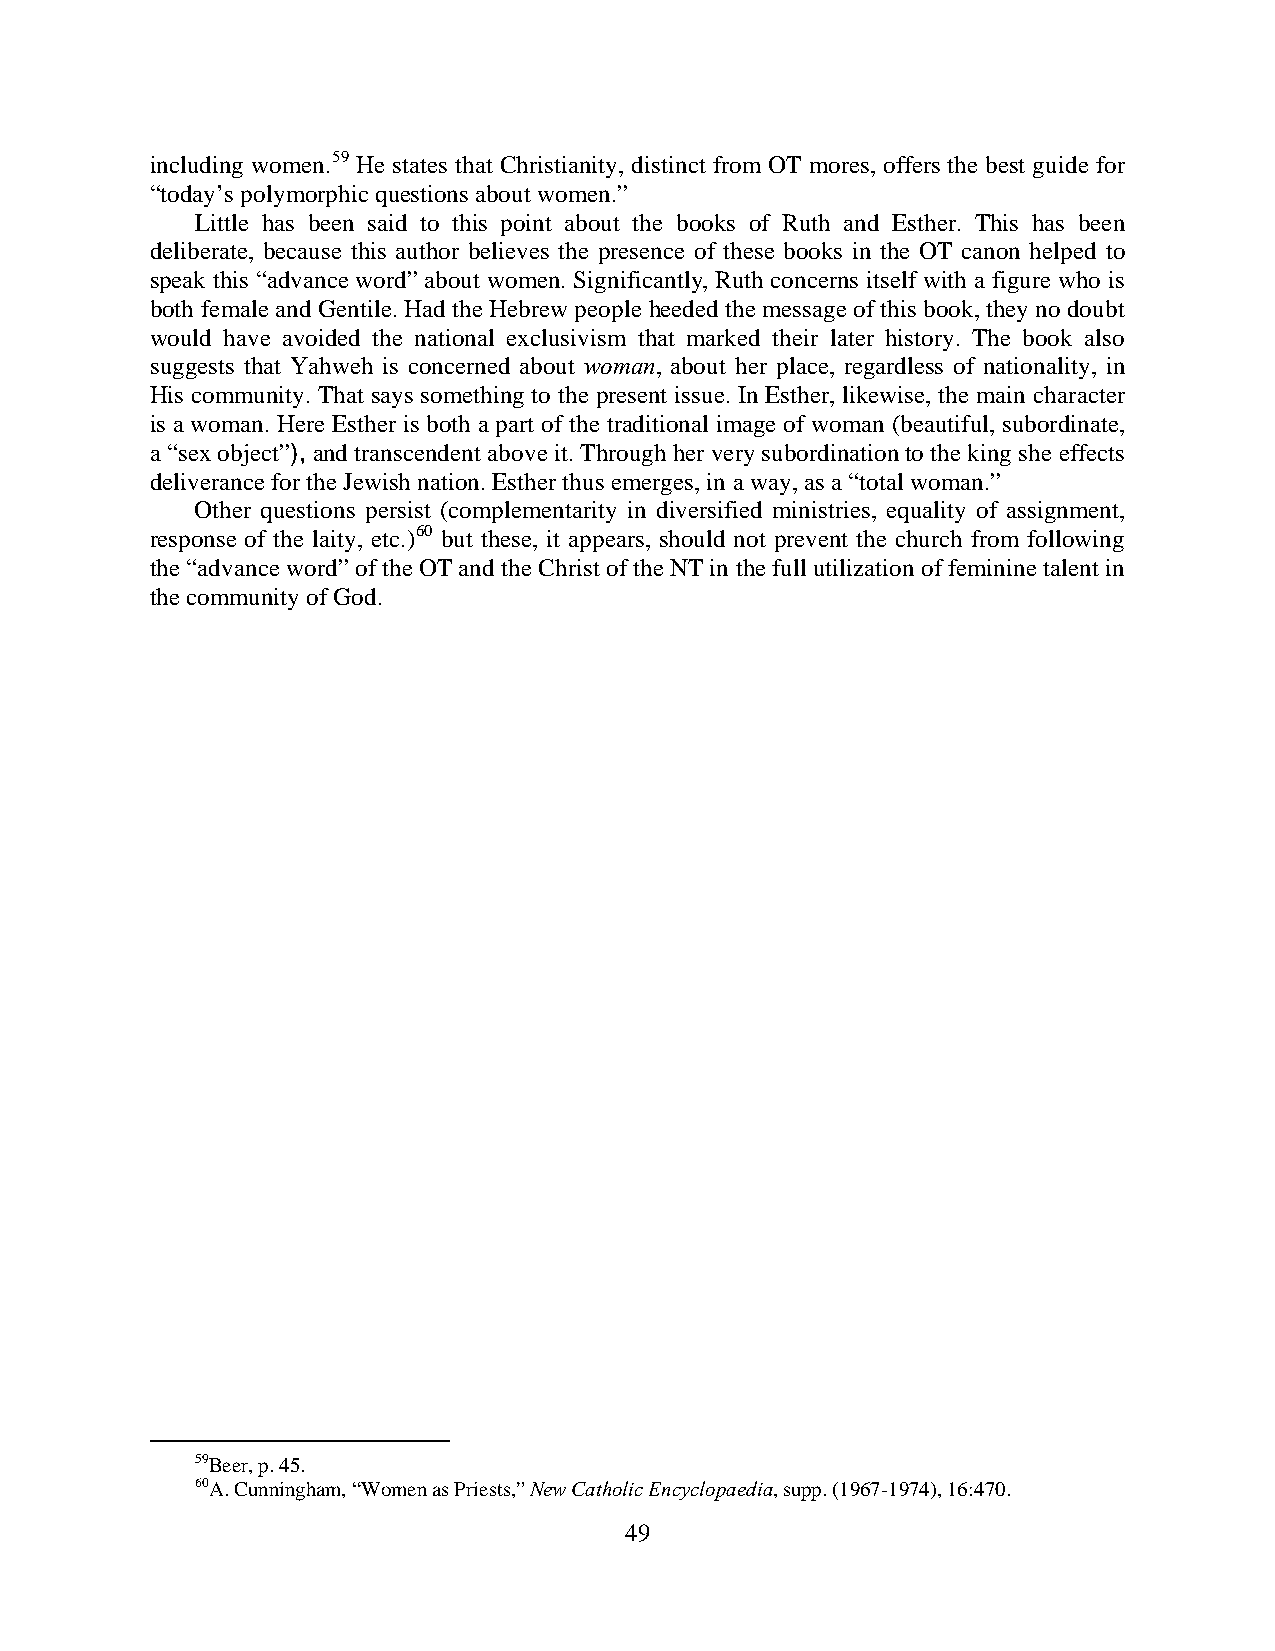
including women.59 He states that Christianity, distinct from OT mores, offers the best guide for
 “today’s polymorphic questions about women.”
 Little has been said to this point about the books of Ruth and Esther. This has been
 deliberate, because this author believes the presence of these books in the OT canon helped to
 speak this “advance word” about women. Significantly, Ruth concerns itself with a figure who is
 both female and Gentile. Had the Hebrew people heeded the message of this book, they no doubt
 would have avoided the national exclusivism that marked their later history. The book also
 suggests that Yahweh is concerned about woman, about her place, regardless of nationality, in
 His community. That says something to the present issue. In Esther, likewise, the main character
 is a woman. Here Esther is both a part of the traditional image of woman (beautiful, subordinate,
 a “sex object”), and transcendent above it. Through her very subordination to the king she effects
 deliverance for the Jewish nation. Esther thus emerges, in a way, as a “total woman.”
 Other questions persist (complementarity in diversified ministries, equality of assignment,
 response of the laity, etc.)60 but these, it appears, should not prevent the church from following
 the “advance word” of the OT and the Christ of the NT in the full utilization of feminine talent in
 the community of God.
 59Beer, p. 45.
 60A. Cunningham, “Women as Priests,” New Catholic Encyclopaedia, supp. (1967-1974), 16:470.
 49